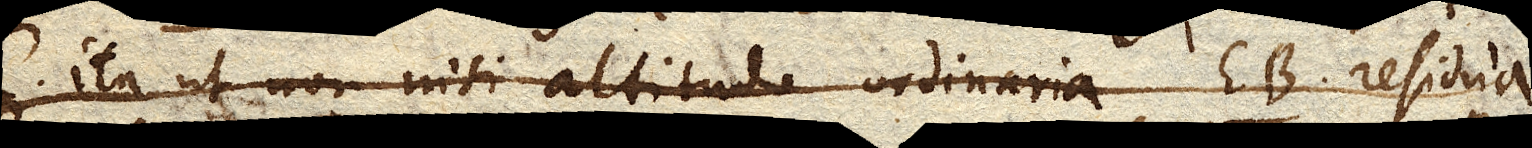
C ita ut non nisi altitudo ordinaria EB residua